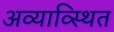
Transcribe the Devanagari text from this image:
अव्याव्स्थित